Report on vaccination in the Province of Bengal - 1874-1889
Year: 1874
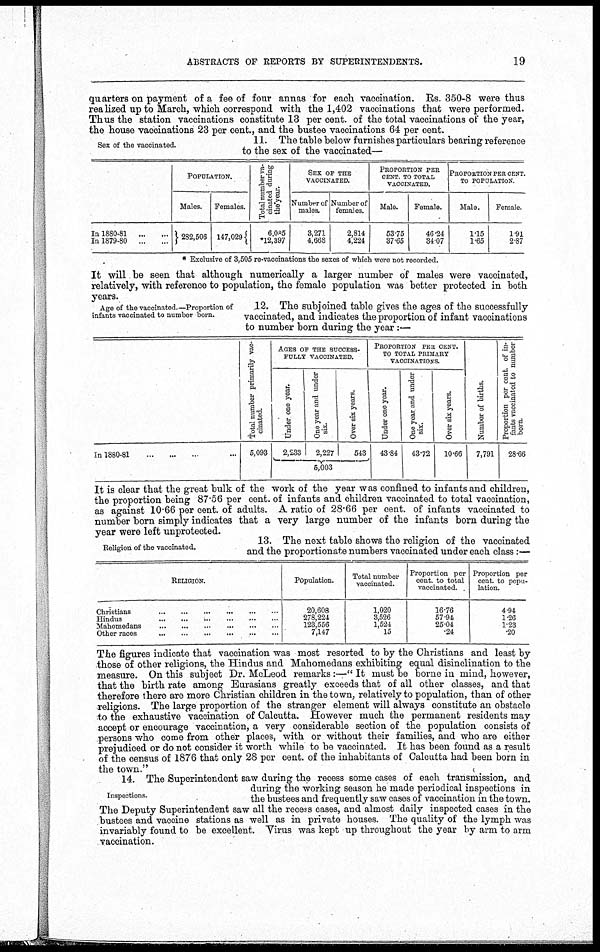
ABSTRACTS OF REPORTS BY SUPERINTENDENTS.
19
quarters on payment of a fee of four annas for each vaccination. Rs. 350-8 were thus
realized up to March, which correspond with the 1,402 vaccinations that were performed.
Thus the station vaccinations constitute 13 per cent. of the total vaccinations of the year,
the house vaccinations 23 per cent., and the bustee vaccinations 64 per cent.
Sex of the vaccinated.
11. The table below furnishes particulars bearing reference
to the sex of the vaccinated—
In 1880-81... ... ... ...
In 1879-80... ... ... ...
POPULATION.
Males.
282,506
Females.
147,029
Total number va-
cinated during
the year.
6,085
*12,397
SEX OF THE
VACCINATED.
Number of
males.
3,271
4,668
Number of
females.
2,814
4,224
PROPORTION PER
CENT. TO TOTAL
VACCINATED.
Male.
53.75
37.65
Female.
46.24
34.07
PROPORTION PER CENT.
TO POPULATION
Male.
1.15
1.65
Female.
1.91
2.87
* Exclusive of 3,505 re-vaccinations the sexes of which were not recorded.
It will be seen that although numerically a larger number of males were vaccinated,
relatively, with reference to population, the female population was better protected in both
years.
Age of the vaccinated.—Proportion of
infants vaccinated to number born.
12. The subjoined table gives the ages of the successfully
vaccinated, and indicates the proportion of infant vaccinations
to number born during the year :—
In 1880-81...
...
...
...
Total number primarily vac-
cinated.
5,093
AGES OF THE SUCCESS-
----- VACCINATED.
Under one year.
One year and under
six.
2,233
2,227
Over six years.
543
5,003
PROPORTION PER CENT.
TO TOTAL PRIMARY
VACCINATIONS.
Under one year.
43.84
One year and under
six.
43.72
Over six years.
10.66
Number of births.
7,791
Proportion per cent. of in-
fants vaccinated to number
born.
28.66
It is clear that the great bulk of the work of the year was confined to infants and children,
the proportion being 87.56 per cent. of infants and children vaccinated to total vaccination,
as against 10.66 per cent. of adults. A ratio of 28.66 per cent. of infants vaccinated to
number born simply indicates that a very large number of the infants born during the
year were left unprotected.
Religion of the vaccinated.
13. The next table shows the religion of the vaccinated
and the proportionate numbers vaccinated under each class :—
RELIGION.
Hindus...
...
...
...
Mahomedans...
...
...
...
Other
races...
...
...
...
...
Population.
20,608
278,224
123,556
7,147
Total number
vaccinated.
1,020
3,526
1,524
15
Proportion per
cent. to total
vaccinated.
16.76
57.94.
25.04
.24
Proportion per
cent. to popu-
lation.
4.94
1.26
1.23
.20
The figures indicate that vaccination was most resorted to by the Christians and least by
those of other religions, the Hindus and Mahomedans exhibiting equal disinclination to the
measure. On this subject Dr. McLeod remarks:—" It must be borne in mind, however,
that the birth rate among Eurasians greatly exceeds that of all other classes, and that
therefore there are more Christian children in the town, relatively to population, than of other
-religions. The large proportion of the stranger element will always constitute an obstacle
to the exhaustive vaccination of Calcutta. However much the permanent residents may
accept or encourage vaccination, a very considerable section of the population consists of
persons who come from other places, with or without their families, and who are either
prejudiced or do not consider it worth while to be vaccinated. It has been found as a result
of the census of 1876 that only 28 per cent. of the inhabitants of Calcutta had been born in
the town."
Inspections.
14. The Superintendent saw during the recess some cases of each transmission, and
during the working season he made periodical inspections in
the bustees and frequently saw cases of vaccination in the town.
The Deputy Superintendent saw all the recess cases, and almost daily inspected cases in the
bustees and vaccine stations as well as in private houses. The quality of the lymph was
invariably found to be excellent. Virus was kept up throughout the year by arm to arm
vaccination.